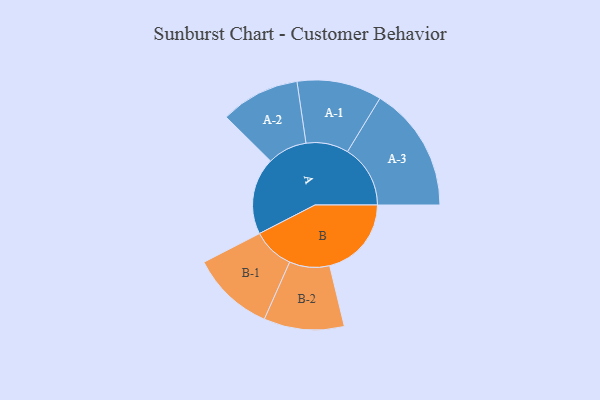
{"axis": {"x": "Segment", "y": "Value"}, "legend": ["", "A", "B"], "data": [{"x": "A", "y": 272, "type": ""}, {"x": "B", "y": 289, "type": ""}, {"x": "A-1", "y": 150, "type": "A"}, {"x": "A-2", "y": 140, "type": "A"}, {"x": "A-3", "y": 222, "type": "A"}, {"x": "B-1", "y": 147, "type": "B"}, {"x": "B-2", "y": 142, "type": "B"}]}